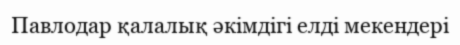
Павлодар қалалық әкімдігі елді мекендері